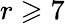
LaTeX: r\geqslant 7